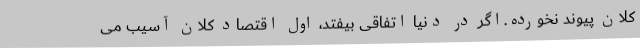
کلان پیوند نخورده.اگر در دنیا اتفاقی بیفتد، اول اقتصاد کلان آسیب می